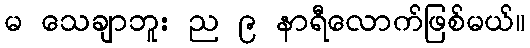
မ သေချာဘူး ည ၉ နာရီလောက်ဖြစ်မယ်။